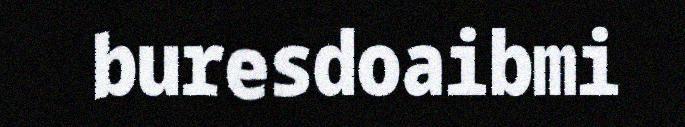
buresdoaibmi